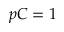
p C = 1